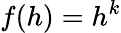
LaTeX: f(h)=h^{k}